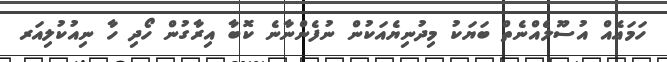
ހަމައެއް އުސޫލެއްނެތް ބަޔަކު މިދުނިޔެއަކުން ނުފެންނާނެ ކޮބާ އިރާގުން ހޯދި ހާ ނިއުކުލިއަރ